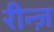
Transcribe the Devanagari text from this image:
रीन्ज़